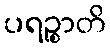
ပရဉ္စာတိ